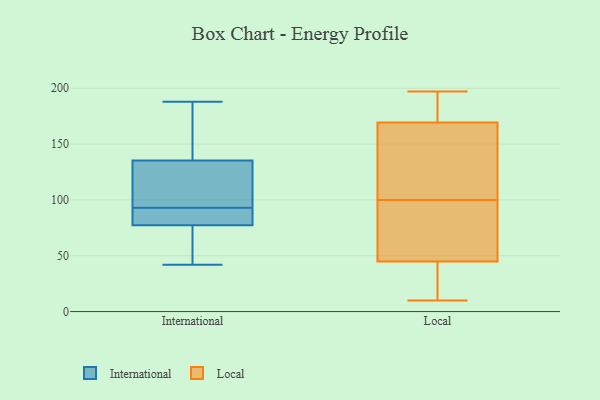
{"axis": {"x": "Shipments", "y": "Value"}, "legend": ["International", "Local"], "data": [{"x": "", "y": 97, "type": "International"}, {"x": "", "y": 76, "type": "International"}, {"x": "", "y": 148, "type": "International"}, {"x": "", "y": 188, "type": "International"}, {"x": "", "y": 93, "type": "International"}, {"x": "", "y": 127, "type": "International"}, {"x": "", "y": 42, "type": "International"}, {"x": "", "y": 61, "type": "International"}, {"x": "", "y": 82, "type": "International"}, {"x": "", "y": 138, "type": "International"}, {"x": "", "y": 81, "type": "International"}, {"x": "", "y": 97, "type": "Local"}, {"x": "", "y": 148, "type": "Local"}, {"x": "", "y": 16, "type": "Local"}, {"x": "", "y": 166, "type": "Local"}, {"x": "", "y": 100, "type": "Local"}, {"x": "", "y": 15, "type": "Local"}, {"x": "", "y": 154, "type": "Local"}, {"x": "", "y": 164, "type": "Local"}, {"x": "", "y": 192, "type": "Local"}, {"x": "", "y": 197, "type": "Local"}, {"x": "", "y": 179, "type": "Local"}, {"x": "", "y": 44, "type": "Local"}, {"x": "", "y": 92, "type": "Local"}, {"x": "", "y": 182, "type": "Local"}, {"x": "", "y": 10, "type": "Local"}, {"x": "", "y": 45, "type": "Local"}, {"x": "", "y": 78, "type": "Local"}]}